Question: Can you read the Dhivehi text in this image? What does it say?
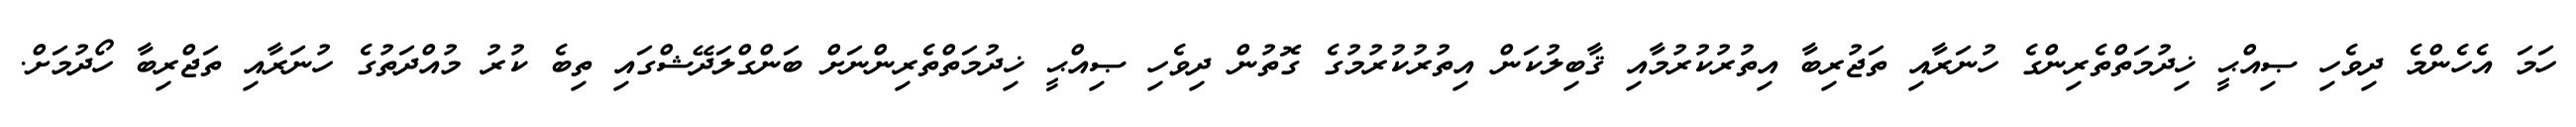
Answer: ހަމަ އެހެންމެ ދިވެހި ޞިއްޙީ ޚިދުމަތްތެރިންގެ ހުނަރާއި ތަޖުރިބާ އިތުރުކުރުމާއި ޤާބިލުކަން އިތުރުކުރުމުގެ ގޮތުން ދިވެހި ޞިއްޙީ ޚިދުމަތްތެރިންނަށް ބަންގްލަދޭޝްގައި ތިބެ ކުރު މުއްދަތުގެ ހުނަރާއި ތަޖްރިބާ ހޯދުމަށް.